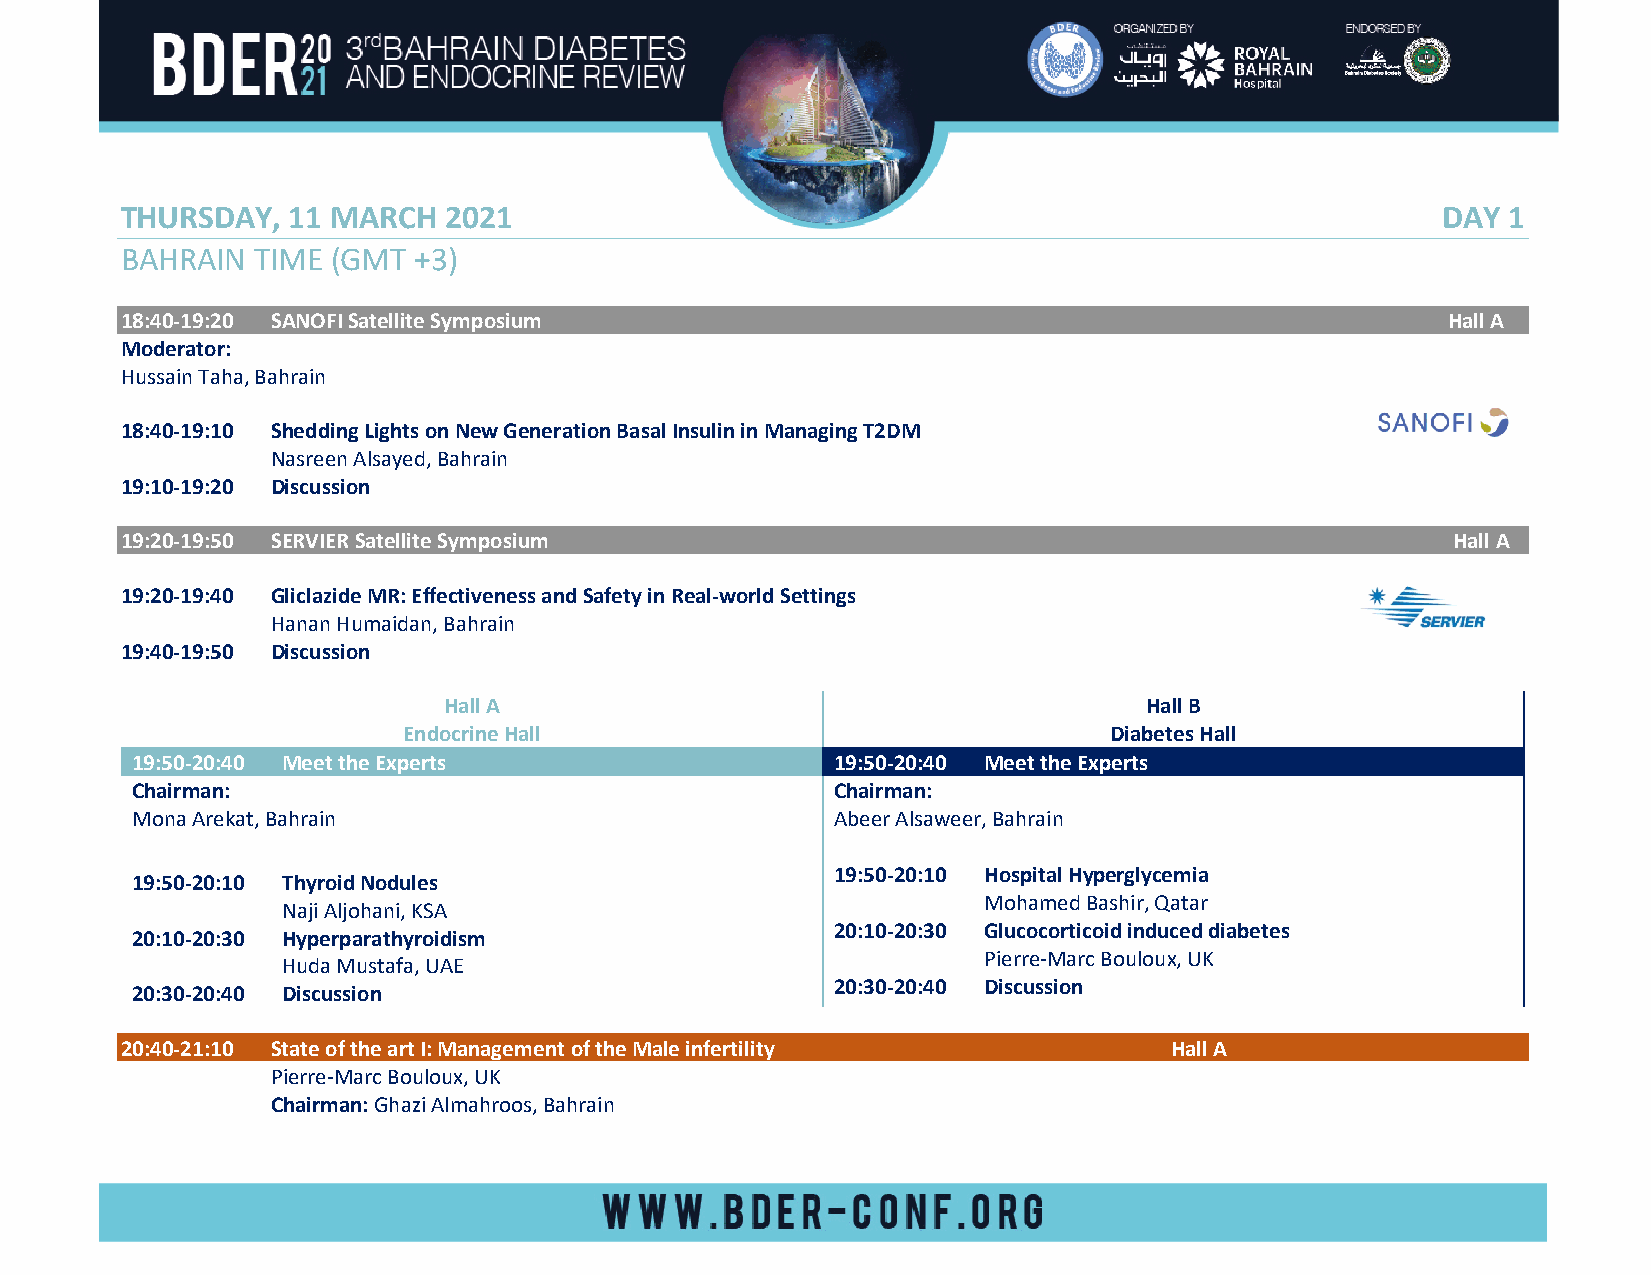
THURSDAY,  11 MARCH  2021                                                              DAY  1
 BAHRAIN  TIME (GMT +3)
 18:40-19:20 SANOFI Satellite Symposium                                                  Hall A
 Moderator:
 Hussain Taha, Bahrain
 18:40-19:10 Shedding Lights on New Generation Basal Insulin in Managing T2DM
 Nasreen Alsayed, Bahrain
 19:10-19:20 Discussion
 19:20-19:50 SERVIER Satellite Symposium                                                 Hall A
 19:20-19:40 Gliclazide MR: Effectiveness and Safety in Real-world Settings
 Hanan Humaidan, Bahrain
 19:40-19:50 Discussion
 Hall A                                         Hall B
 Endocrine Hall                                Diabetes Hall
 19:50-20:40 Meet the Experts                  19:50-20:40 Meet the Experts
 Chairman:                                     Chairman:
 Mona Arekat, Bahrain                          Abeer Alsaweer, Bahrain
 19:50-20:10 Hospital Hyperglycemia
 19:50-20:10 Thyroid Nodules
 Mohamed Bashir, Qatar
 Naji Aljohani, KSA
 20:10-20:30 Glucocorticoid induced diabetes
 20:10-20:30 Hyperparathyroidism
 Pierre-Marc Bouloux, UK
 Huda Mustafa, UAE
 20:30-20:40 Discussion
 20:30-20:40 Discussion
 20:40-21:10 State of the art I: Management of the Male infertility   Hall A
 Pierre-Marc Bouloux, UK
 Chairman: Ghazi Almahroos, Bahrain